画像に写った文字を読んでください
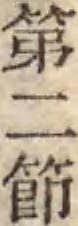
「第二節」と書いてあります